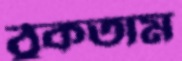
ঠুকতাম